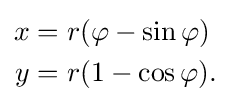
{\begin{aligned}x&=r(\varphi -\sin \varphi )\\y&=r(1-\cos \varphi ).\end{aligned}}